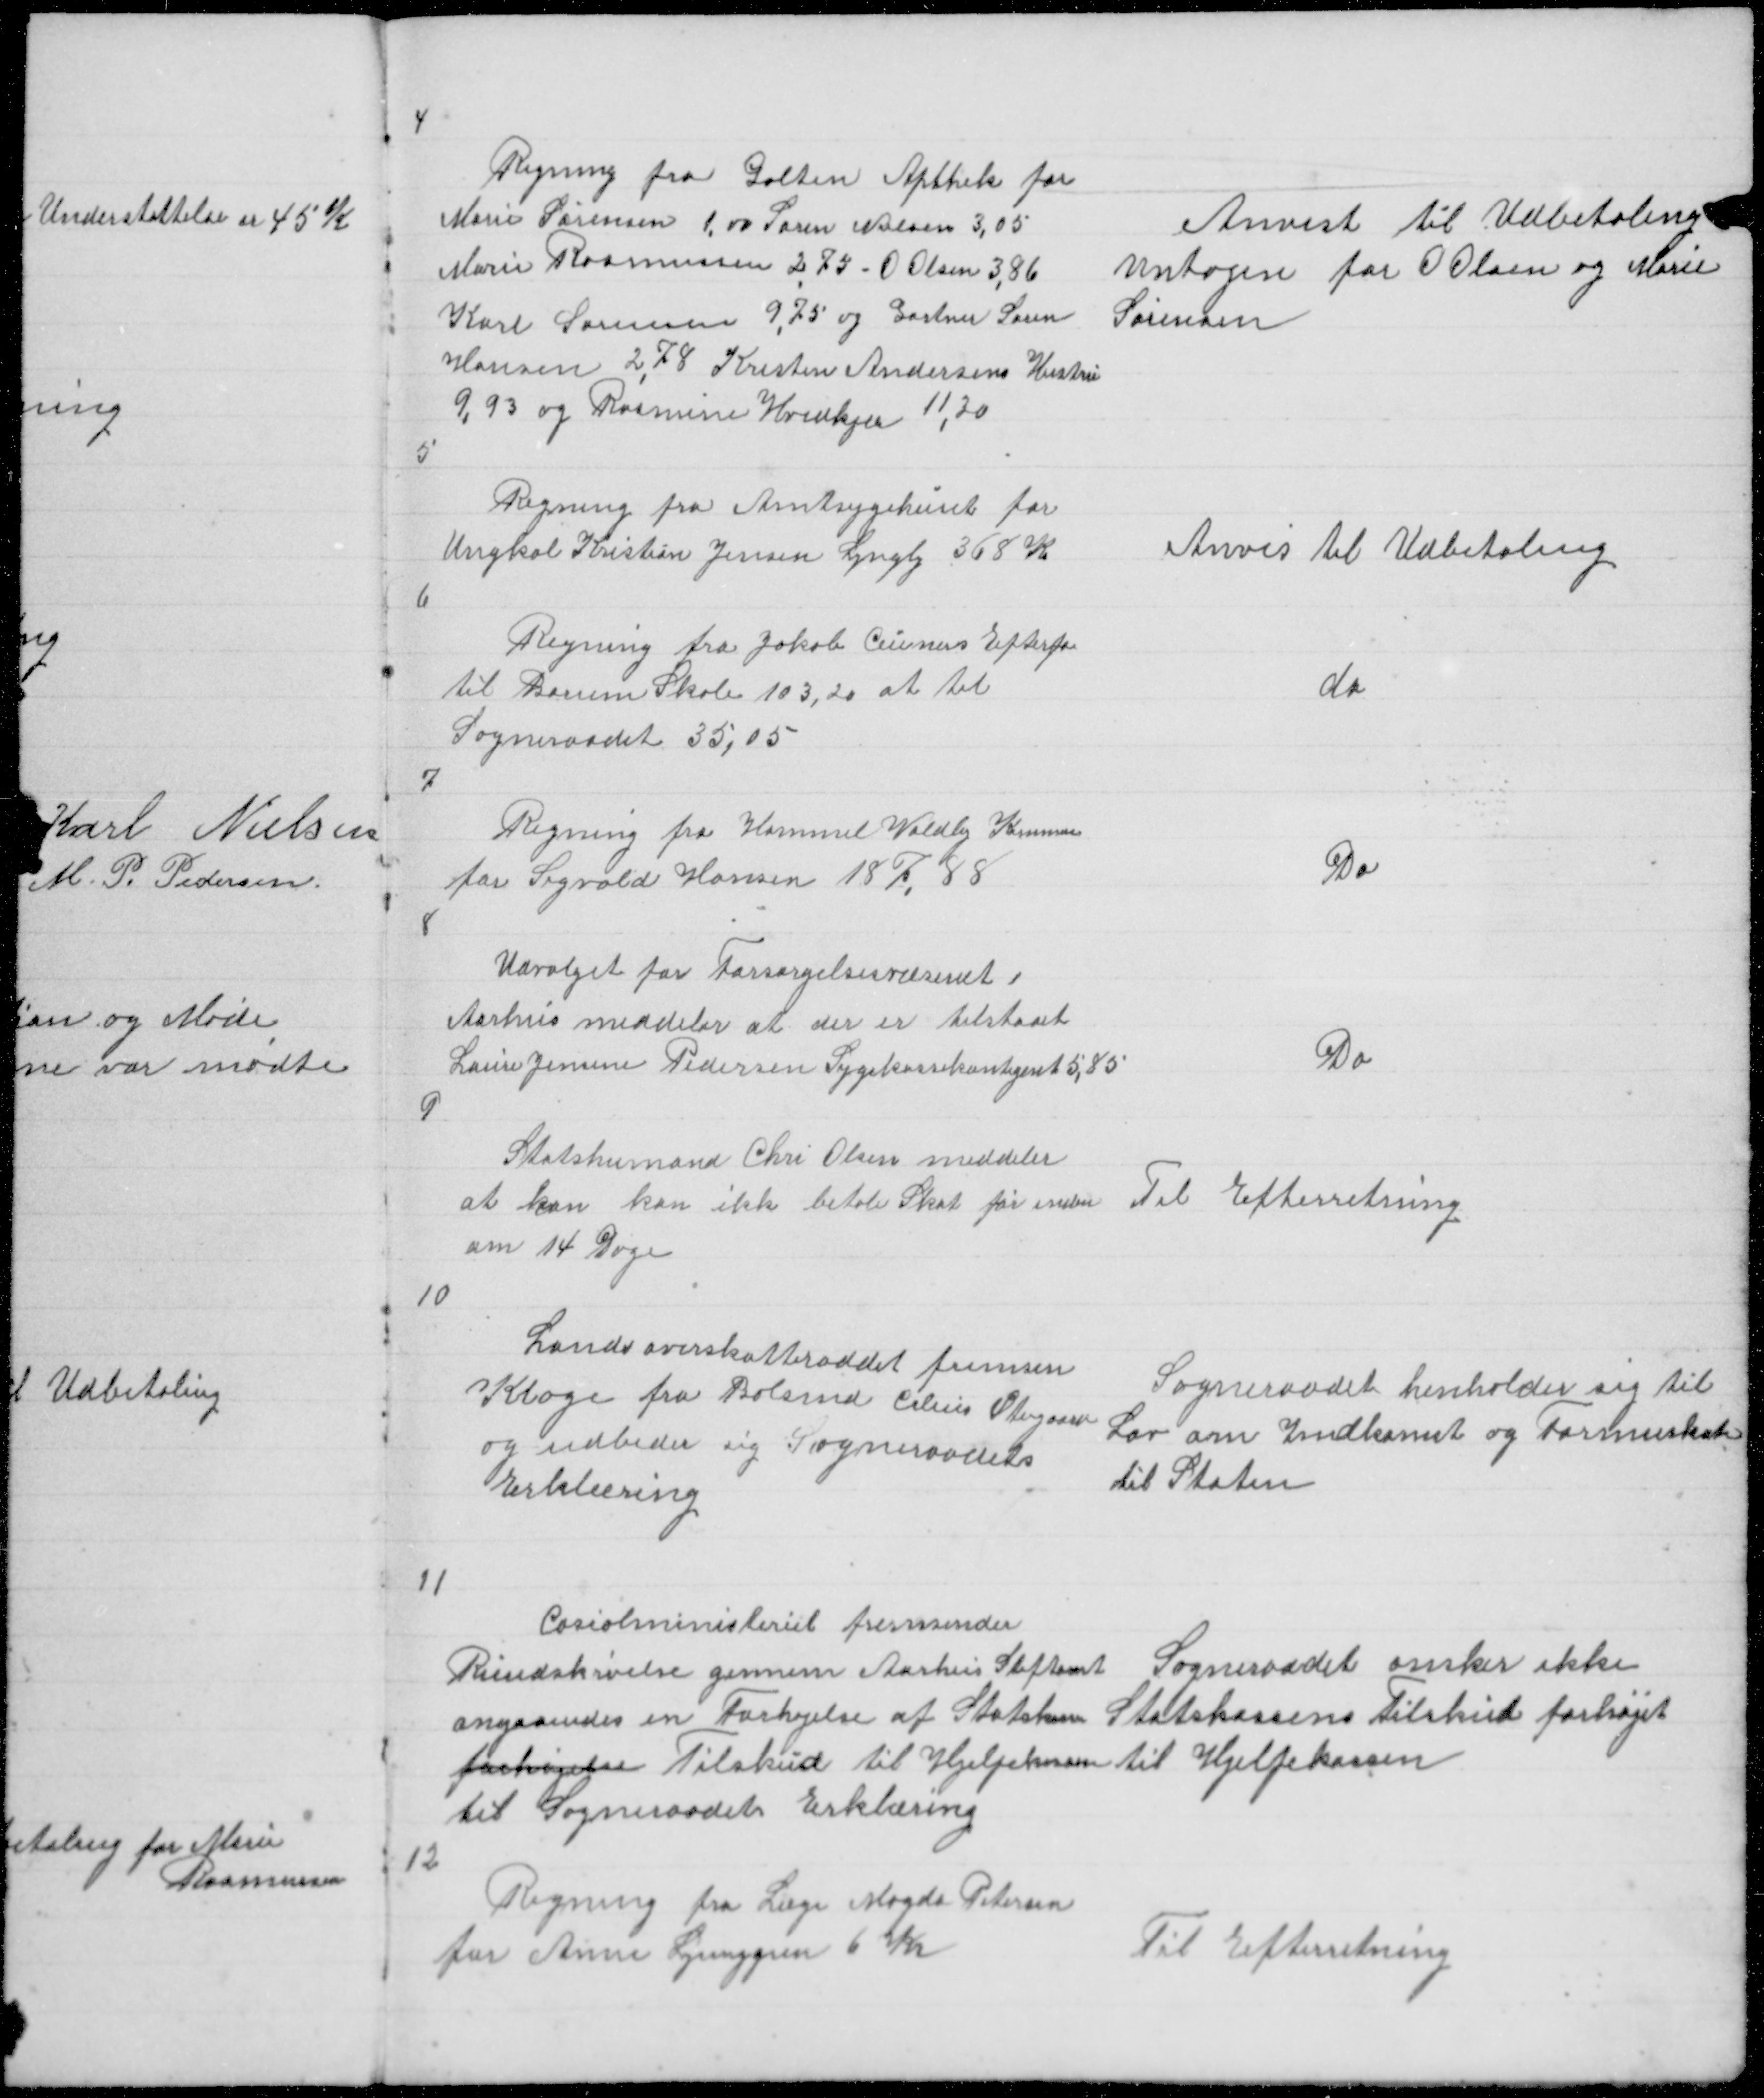
Transskription:
4

Regning fra Galten Apthek for
Marie Sørensen 1,00 Søren Nielsen 3,05
Marie Rasmussen 2,75 - O Olsen 3,86
Karl Sørensen 9,75 og Gartner Søren
Hansen 2,78 Kresten Andersens Hustru
9,93 og Rasmune Hvidkjær 11,30

Anvist til Udbetaling
Untagen for O Olsen og Marie
Sørensen

5

Regning fra Amtsygehuset for
Ungkal Kristian Jensen Lyngby 368 Kr

Anvis til Udbetaling

6

Regning fra Jakob Ceuners Efterfø
til Borum Skole 103,20 at til
Sogneraadet 35,05
7

do

Regning fra Hammel Voldby Kommune
for Sigvald Hansen 187,88

Do

8

Udvalget for Forsørgelsesvæsenet i
Aarhus meddeler at der er tilstaaet
Laure Jensine Pedersen Sygekassekontigent 5,85

Do

9

Statshusmand Chri Olsen meddeler
at han kan ikke betale Skat før inden
om 14 Dage

Til Efterretning

10

Landsoverskatteraadet fremsen
Klage fra Bolsmd Cilius Østergaard
og udbeder sig Sogneraadets
Erklæring

Sogneraadet henholder sig til
Lov om Indkomst og Formuskat
til Staten

11

Cosialministeriet fremsender
Rundskrivelse gennem Aarhus Stiftamt
angaaendes en Forhøjelse af Statskasse
forhøjelse Tilskud til Hjelpekassen
til Sogneraadet Erklæring

Sogneraadet ønsker ikke
Statkassens Tilskud forhøjet
til Hjelpekassen

12

Regning fra Læge Magda Petersen
for Anne Ljunggren 6 Kr

Til Efterretning